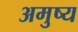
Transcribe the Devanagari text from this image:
अमुष्य